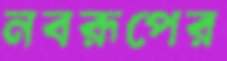
নবরূপের